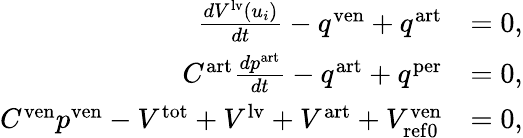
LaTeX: \begin{array}{rl}{\frac{dV^{\mathrm{lv}}\left(u_{i}\right)}{dt}-q^{\mathrm{ven}}+q^{\mathrm{art}}}&{=0,}\\ {C^{\mathrm{art}}\frac{dp^{\mathrm{art}}}{dt}-q^{\mathrm{art}}+q^{\mathrm{per}}}&{=0,}\\ {C^{\mathrm{ven}}p^{\mathrm{ven}}-V^{\mathrm{tot}}+V^{\mathrm{lv}}+V^{\mathrm{art}}+V_{\mathrm{{ref0}}}^{\mathrm{ven}}}&{=0,}\end{array}